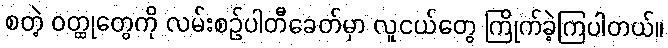
စတဲ့ ဝတ္ထုတွေကို လမ်းစဉ်ပါတီခေတ်မှာ လူငယ်တွေ ကြိုက်ခဲ့ကြပါတယ်။